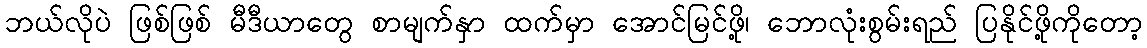
ဘယ်လိုပဲ ဖြစ်ဖြစ် မီဒီယာတွေ စာမျက်နှာ ထက်မှာ အောင်မြင်ဖို့၊ ဘောလုံးစွမ်းရည် ပြနိုင်ဖို့ကိုတော့